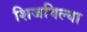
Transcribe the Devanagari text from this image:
शिजविल्या